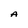
Character: A